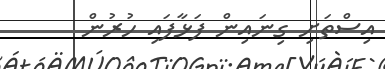
އިސްތަށި ގިނައިން ފަޅާފައި ހުރުން